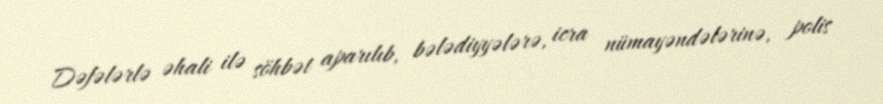
Dəfələrlə əhali ilə söhbət aparılıb, bələdiyyələrə, icra nümayəndələrinə, polis